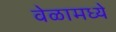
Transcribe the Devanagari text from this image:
वेळामध्ये